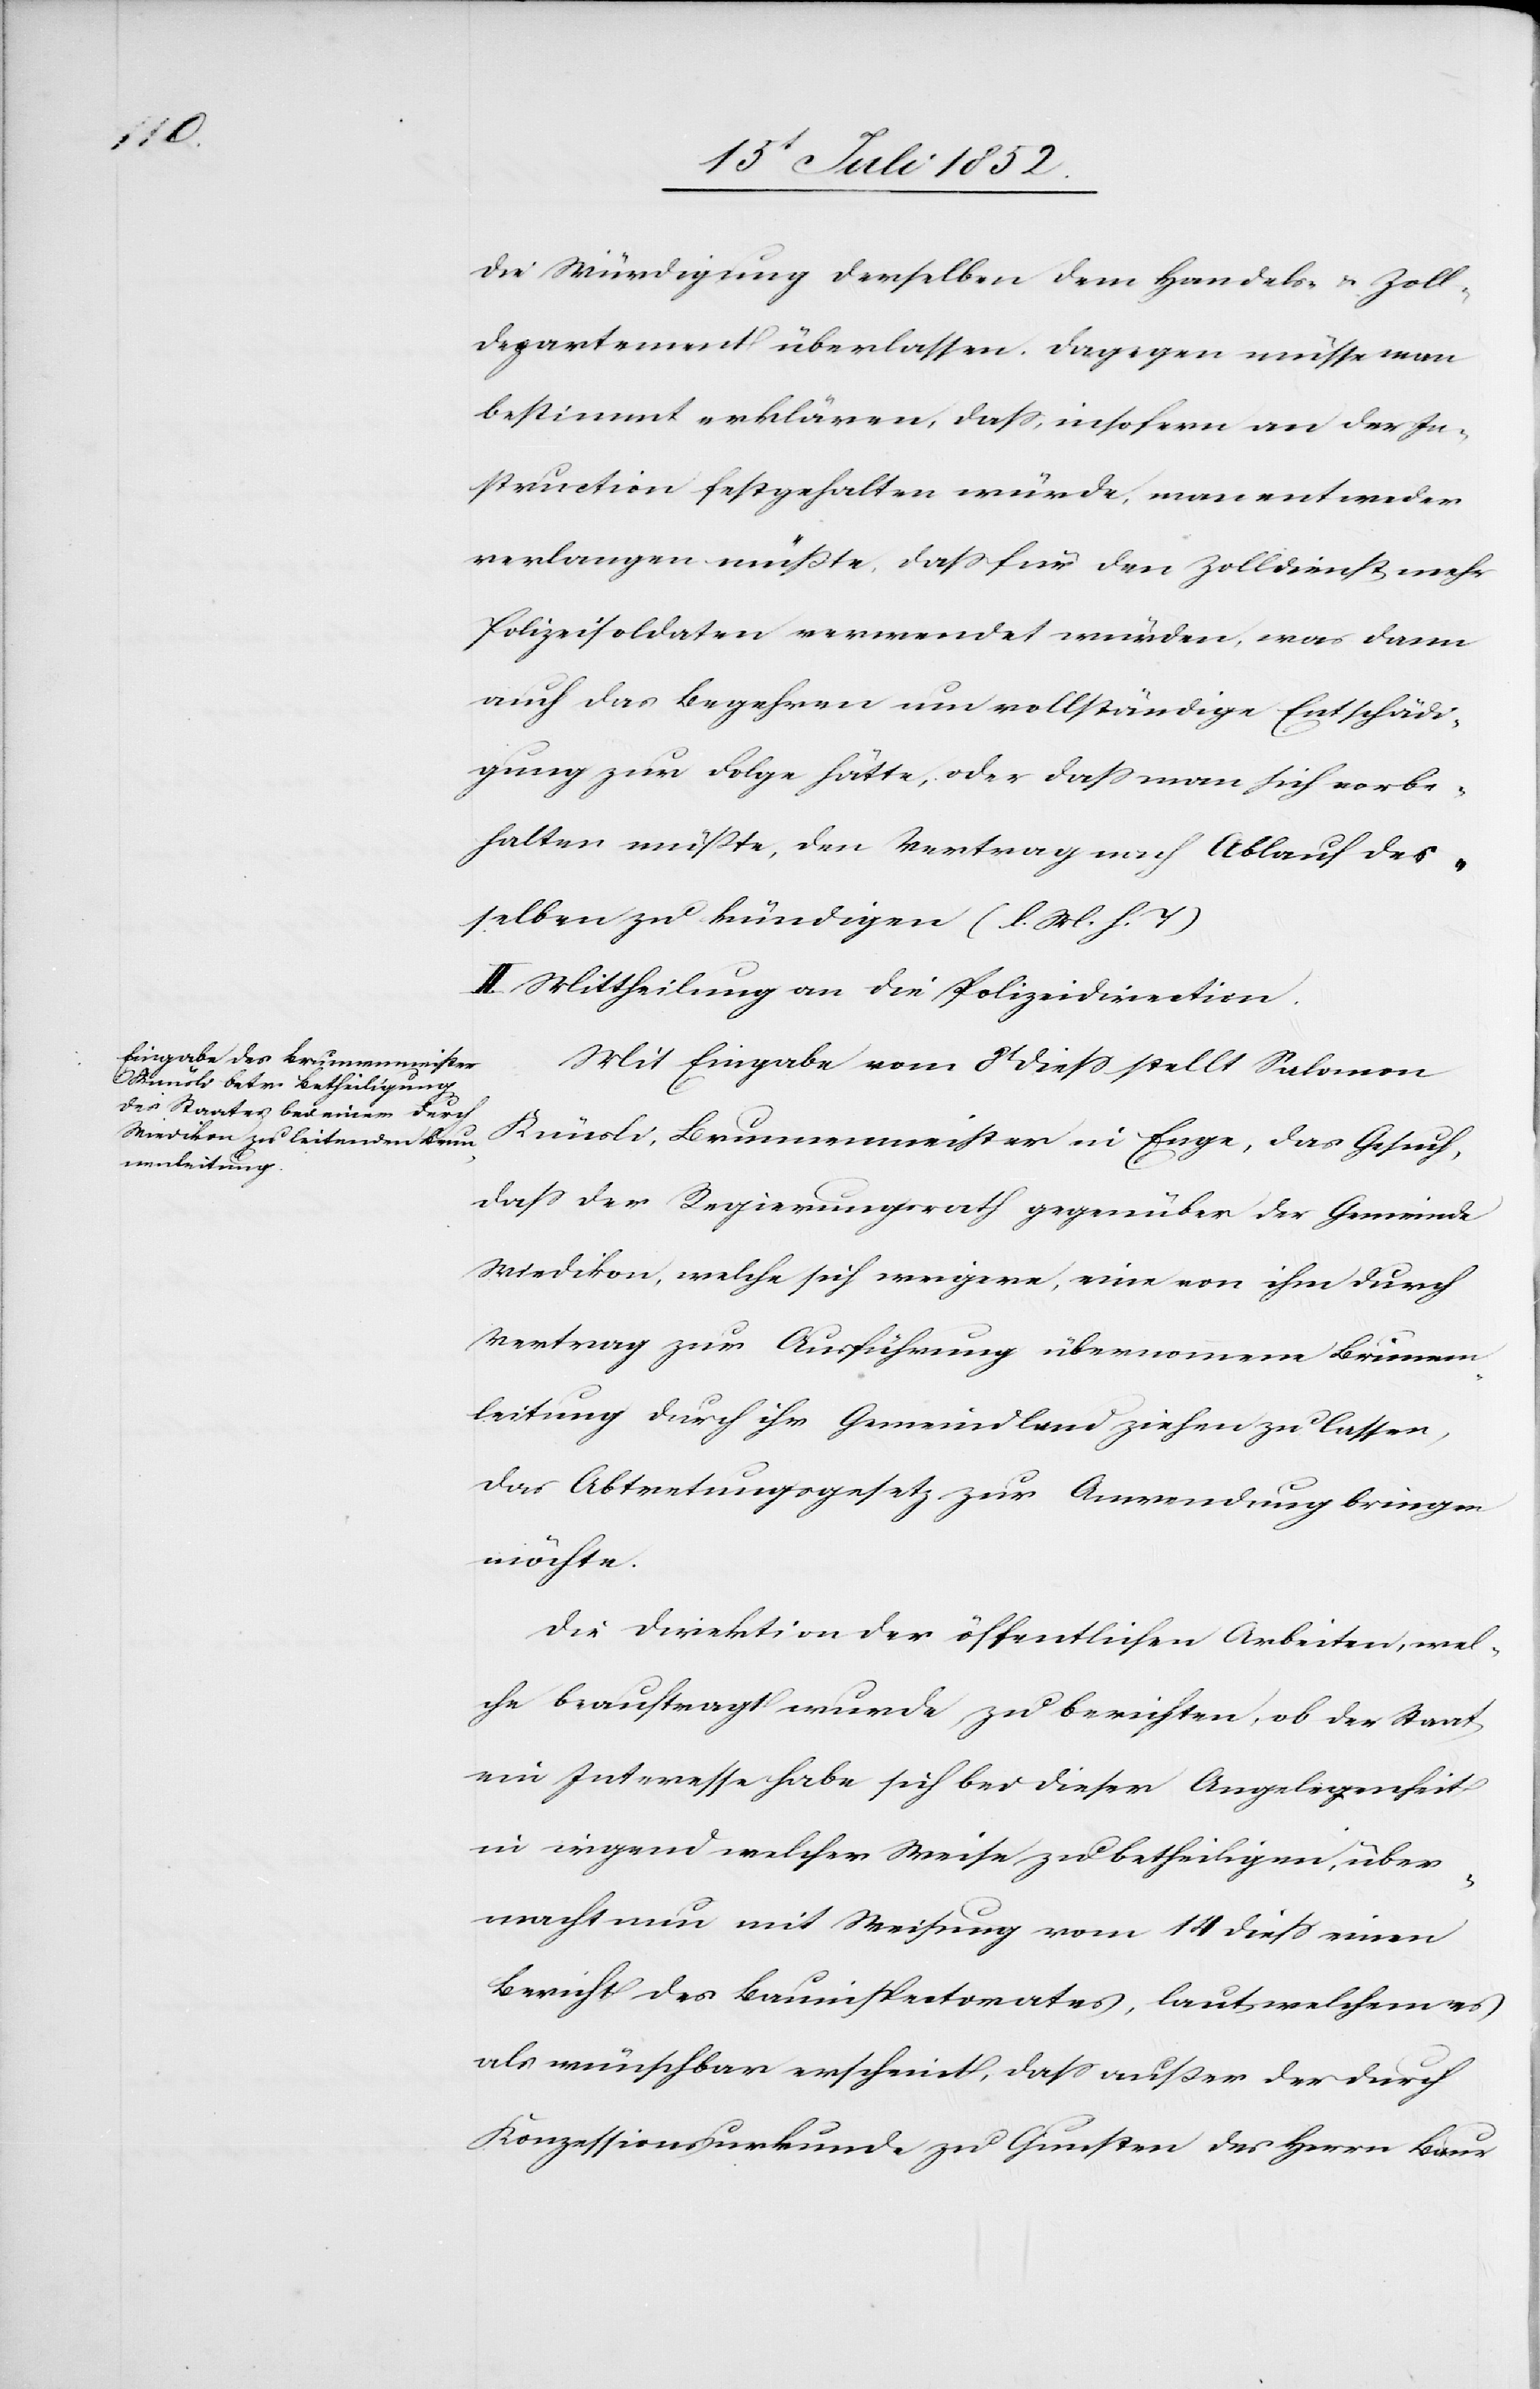
die Würdigung derselben dem Handels- & Zoll¬
departement überlassen. Dagegen müsse man
bestimmt erklären, dass, insofern an der In¬
struction festgehalten würde, man entweder
verlangen müßte, dass für den Zolldienst mehr
Polizeisoldaten verwendet würden, was dann
auch das Begehren um vollständige Entschädi¬
gung zur Folge hätte, oder dass man sich vorbe¬
halten müßte, den Vertrag nach Ablauf des¬
selben zu kündigen (l. M. h. T)
II. Mittheilung an die Polizeidirection.
Mit Eingabe vom 8t diess stellt Salomon
Knüsli, Brunnenmeister in Enge, das Gesuch,
dass der Regierungsrath gegenüber der Gemeinde
Wiedikon, welche sich weigere, eine von ihm durch
Vertrag zur Ausführung übernommene Brunnen¬
leitung durch ihr Gemeindland ziehen zu lassen,
das Abtretungsgesetz zur Anwendung bringen
möchte.
Die Direktion der öffentlichen Arbeiten, wel¬
che beauftragt wurde, zu berichten, ob der Staat
ein Interesse habe sich bei dieser Angelegenheit
in irgend welcher Weise zu betheiligen, über¬
macht nun mit Weisung vom 14 diess einen
Bericht des Bauinspectorates, laut welchem es
als wünschbar erscheint, dass außer der durch
Konzessionsurkunde zu Gunsten des Herrn Baur